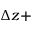
\Delta z +